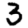
Digit: 3